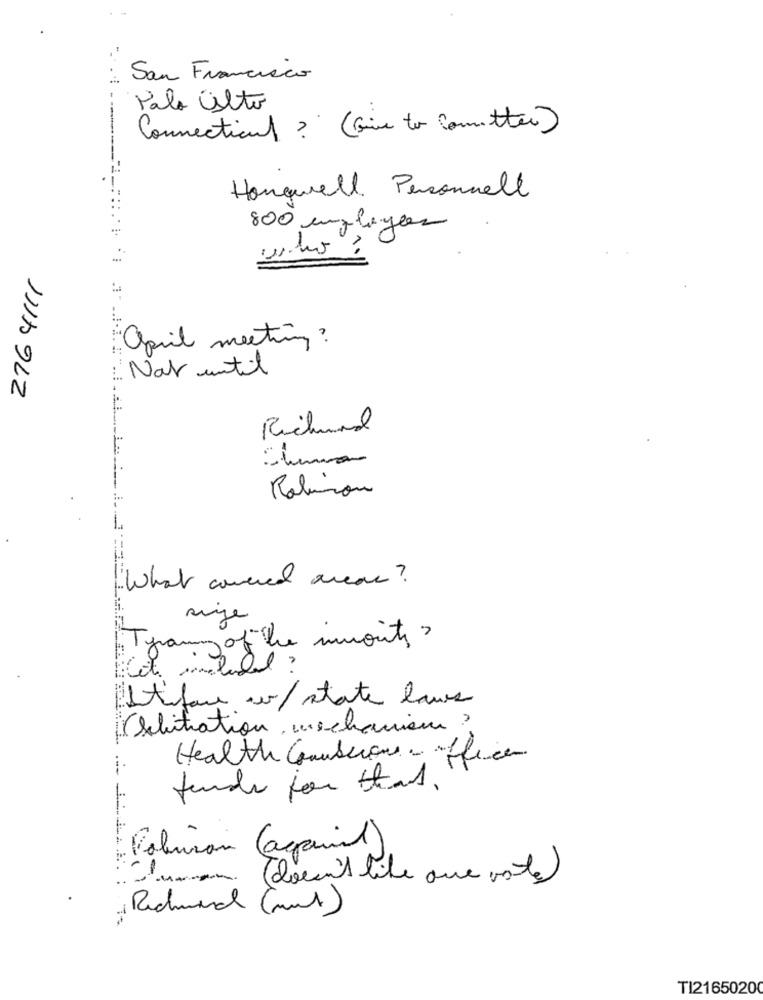
San Francisco
Palo alto
Connections ? ( Give to Cometter )
Hangwell Personnell
800 employer
276 4111
april meeting ?
Not until
Richard
clima
Rolimon
----
" What covered areon ?
Tyranny of the imonits ?
stifan w/ state laws
schitiation, mschaniem ?
Health Conscious office
fender for that.
- Polisson ( again)
-
ww. (doesn't like one vote)
T121650200